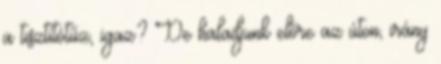
a tisztítótűz, igaz? De haladjunk előre az úton, irány